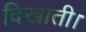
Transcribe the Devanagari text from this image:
दिखाती।